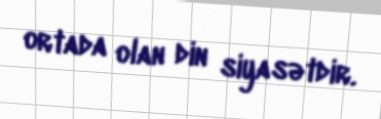
ortada olan din siyasətdir.